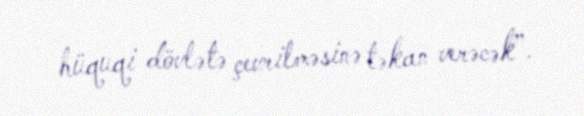
hüquqi dövlətə çevrilməsinə təkan verəcək”.